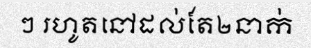
ៗ រហូតនៅដល់តែ២នាក់